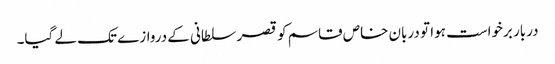
دربار برخواست ہوا تو دربان خاص قاسم کو قصر سلطانی کے دروازے تک لے گیا۔